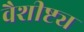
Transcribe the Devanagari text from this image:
वैशीष्ट्य